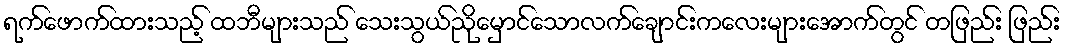
ရက်ဖောက်ထားသည့် ထဘီများသည် သေးသွယ်ညိုမှောင်သောလက်ချောင်းကလေးများအောက်တွင် တဖြည်း ဖြည်း